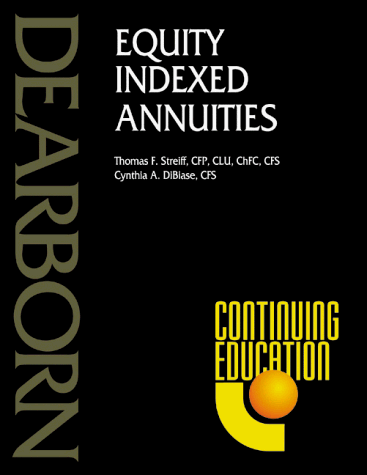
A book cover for Equity Indexed Annuities (Dearborn Continuing Education); Thomas F. Streiff; Engineering & Transportation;